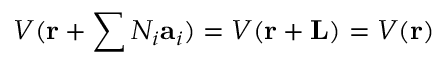
V ( \mathbf { r } + \sum N _ { i } \mathbf { a } _ { i } ) = V ( \mathbf { r } + \mathbf { L } ) = V ( \mathbf { r } )